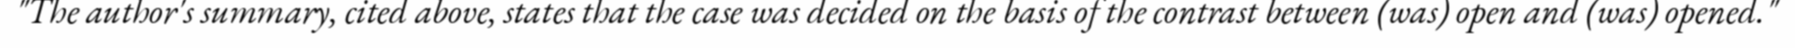
"The author's summary, cited above, states that the case was decided on the basis of the contrast between (was) open and (was) opened."